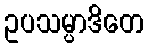
ဥပသမ္ပာဒိတေ